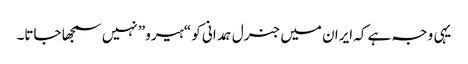
یہی وجہ ہے کہ ایران میں جنرل ہمدانی کو “ہیرو” نہیں سمجھا جاتا۔